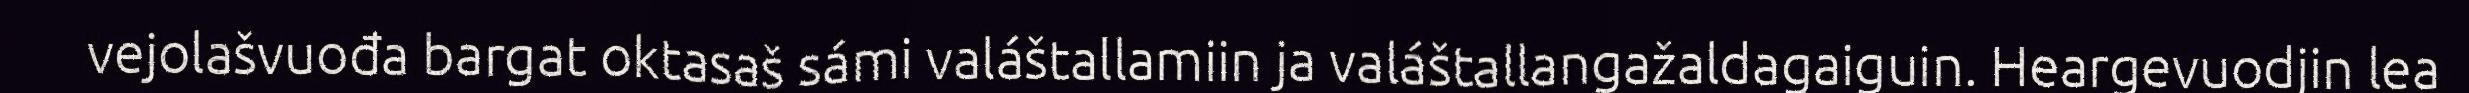
vejolašvuođa bargat oktasaš sámi valáštallamiin ja valáštallangažaldagaiguin. Heargevuodjin lea